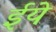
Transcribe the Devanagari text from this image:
ईये